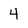
Character: 4